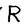
Character: R